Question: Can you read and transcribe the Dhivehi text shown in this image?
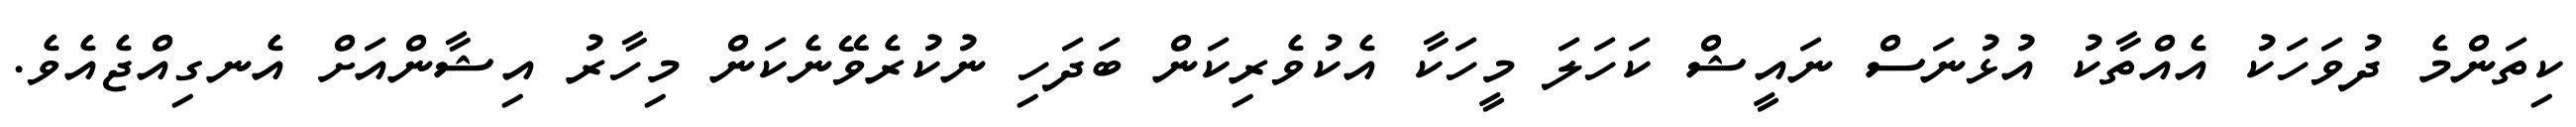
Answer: ކިތަންމެ ދުވަހަކު އެއްތާކު އުޅުނަސް ނައީޝް ކަހަލަ މީހަކާ އެކުވެރިކަން ބަދަހި ނުކުރެވޭނެކަން މިހާރު އިޝާންއަށް އެނގިއްޖެއެވެ.